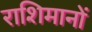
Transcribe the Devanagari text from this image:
राशिमानों